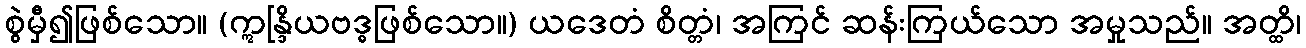
စွဲမှီ၍ဖြစ်သော။ (ဣန္ဒြိယဗဒ္ဓဖြစ်သော။) ယဒေတံ စိတ္တံ၊ အကြင် ဆန်းကြယ်သော အမှုသည်။ အတ္ထိ၊